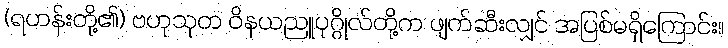
(ရဟန်းတို့၏) ဗဟုသုတ ဝိနယညူပုဂ္ဂိုလ်တို့က ဖျက်ဆီးလျှင် အပြစ်မရှိကြောင်း။